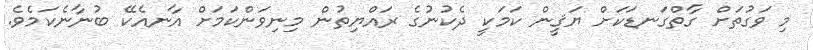
މި ވަގުތަށް ގާތްގަނޑަކަށް ޔަޤީން ކަމަކީ ދެކުނުގެ ރައްޔިތުން މިނިވަންކަމަށް އާނއެކޭ ބުނާނެކަމެވެ.